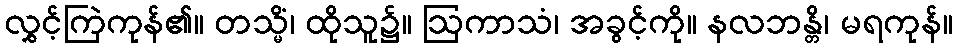
လွှင့်ကြဲကုန်၏။ တသ္မိံ၊ ထိုသူ၌။ ဩကာသံ၊ အခွင့်ကို။ နလဘန္တိ၊ မရကုန်။